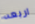
اربعه